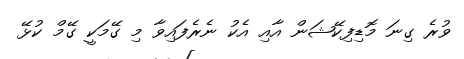
ވުރެ ގިނަ މޮޑިފިކޭޝަން އާއި އެކު ނެރެފައިވާ މި ގޭމަކީ ގޭމް ކުޅޭ